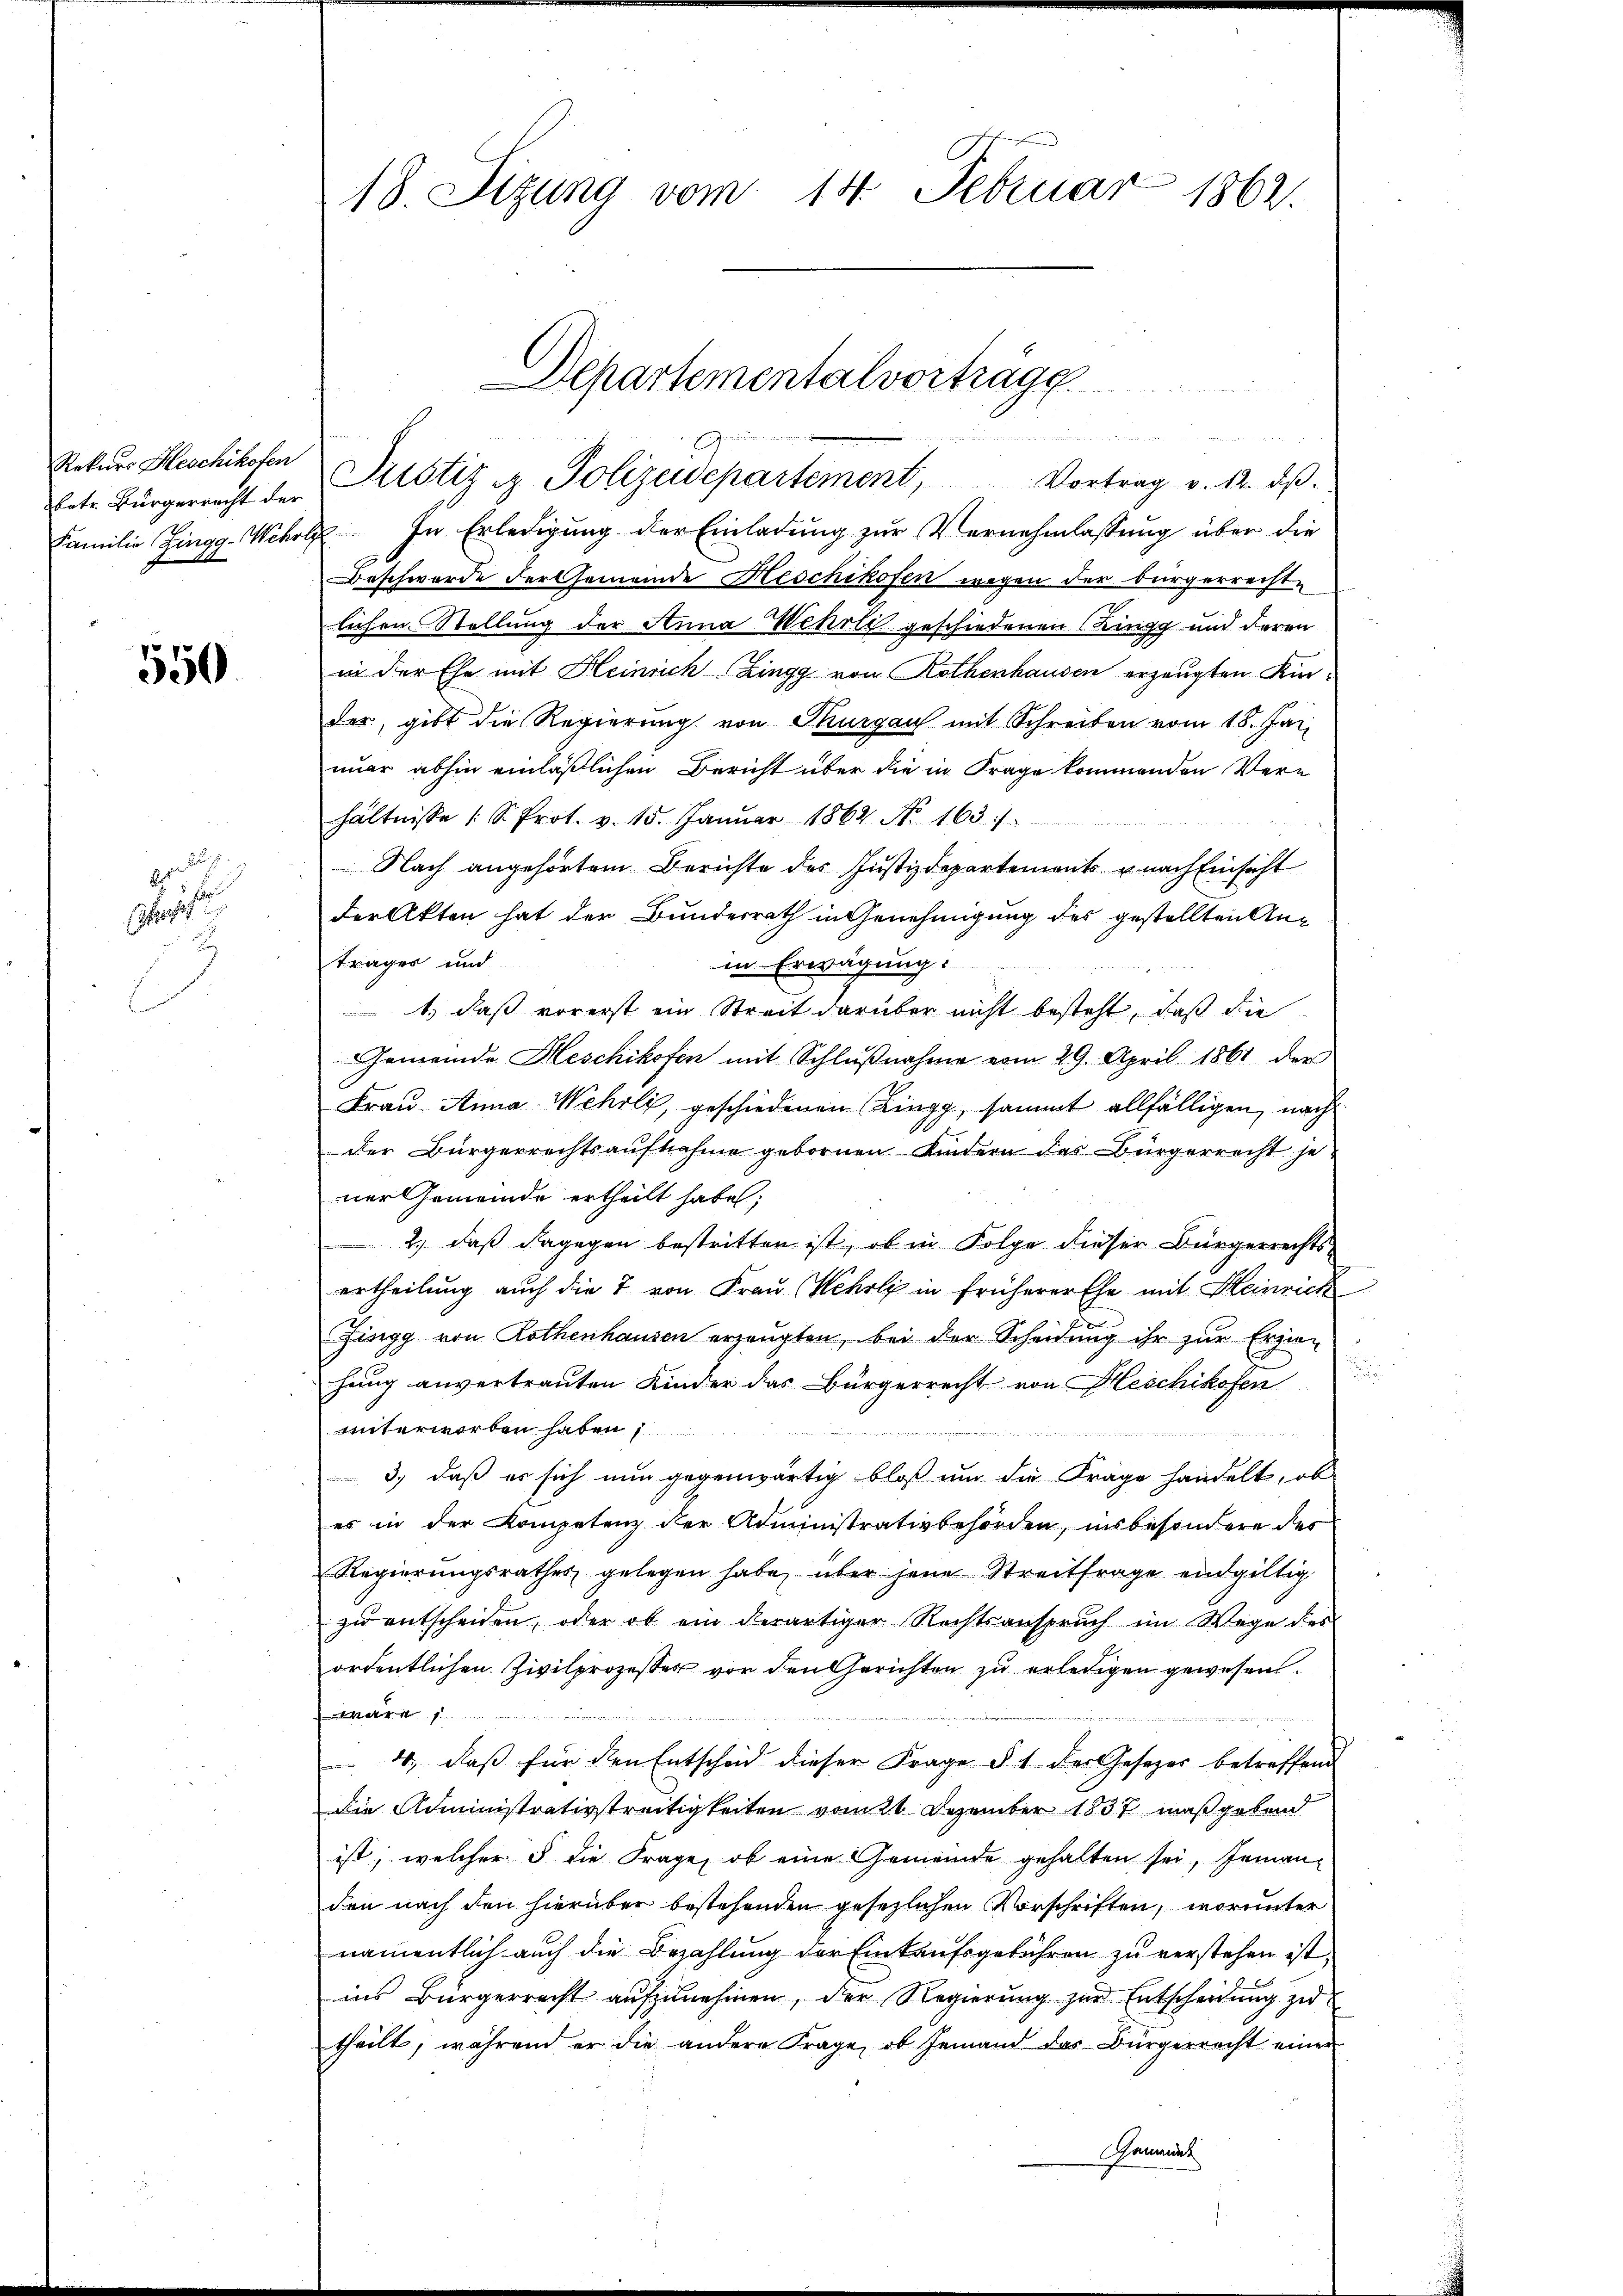
Rekurs Heschikofen

550.

3

ides Mitte unterend der in der Mutter in den 24
Familie Zingg-Weholz. In Erledigung der Einladung zur Vernehmlassung über die
Beschwerde der Gemeinde Heschikofen wegen der bürgerrechte
lichen Stellung der Anna Wehrli geschiedenen Kingg und deren
in der Ehe mit Heinrich Zingg von Rothenhausen erzeugten Kinder, gibt die Regierung von Thurgau mit Schreiben vom 18. Jan
nuar abhin einläßlichen Bericht über die in Frage kommenden Vere
hältnisse (S. Prot. v. 15. Januar 1862. No. 163. /
Nach angehörtem Berichte des Justizdepartements u nach Einsicht
der Akten hat der Bundesrath in Genehmigung des gestellten Anträger und
in Erwägung:
1.) daß vorerst ein Streit darüber nicht besteht, daß die
Gemeinde Heschikofen mit Schlußnahme vom 29. April 1861 der
Frau Anna Wehrli, geschiedenen (Zingg, sammt allfälligen, nach
der Bürgerrechtsaufnahme gebornen Kindern das Bürgerrecht jener Gemeinde ertheilt habe;
2.) daß dagegen bestritten ist, ob in Folge dieser Bürgerrechts-
ertheilung auch die 7 von Frau Wehrli in früherer Ehe mit Heinrich
Zingg von Rothenhausen erzeugten, bei der Scheidung ihr zur Erzie¬
¬
hang anvertrauten Kinder das Bürgerrecht von Heschikofen
unterworben haben
i
3., daß es sich nun gegenwärtig bloß um die Frage handelt, ob
es in der Kompetenz der Administrativbehörden, insbesondere des
Regierŭngsrathes gelegen habe, über jene Streitfrage endgültig
zu entscheiden, oder ob ein derartiger Rechtsanspruch im Wege des
ordentlichen Zivilprozesser vor den Gerichten zu erledigen gewesen.
war
4., daß für den Entscheid dieser Frage § 1 der Gesezes betreffend
die Administrativstreitigkeiten vom 20 Dezember 1837 maßgebend
ist, welcher 5 die Frage, ob eine Gemeinde gehalten sei, Jemanden nach den hierüber bestehenden gesezlichen Vorschriften, worunter
namentlich auch die Bezahlung der Einkaufsgebühren zu verstehen ist.
ins Bürgerrecht aufzunehmen, der Regierung zur Entscheidung zu
theilt, während er die andere Frage, ob jemand das Bürgerracht einer
Gemeind

18. Sizung vom 14. Februar 1862.

Departementalvorträge
e
betr. Bürgerrecht der Pitstiz & Polizeidepartement, Vortrag v. 12. dβ.